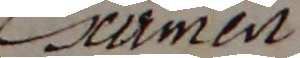
Ceumen